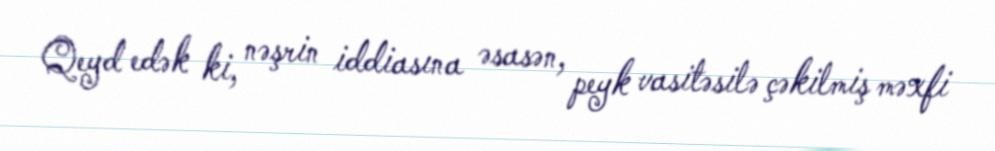
Qeyd edək ki, nəşrin iddiasına əsasən, peyk vasitəsilə çəkilmiş məxfi